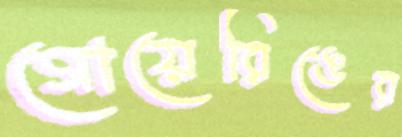
গোয়েরিঙের